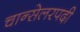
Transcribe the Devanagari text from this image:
चान्सेलरपदी